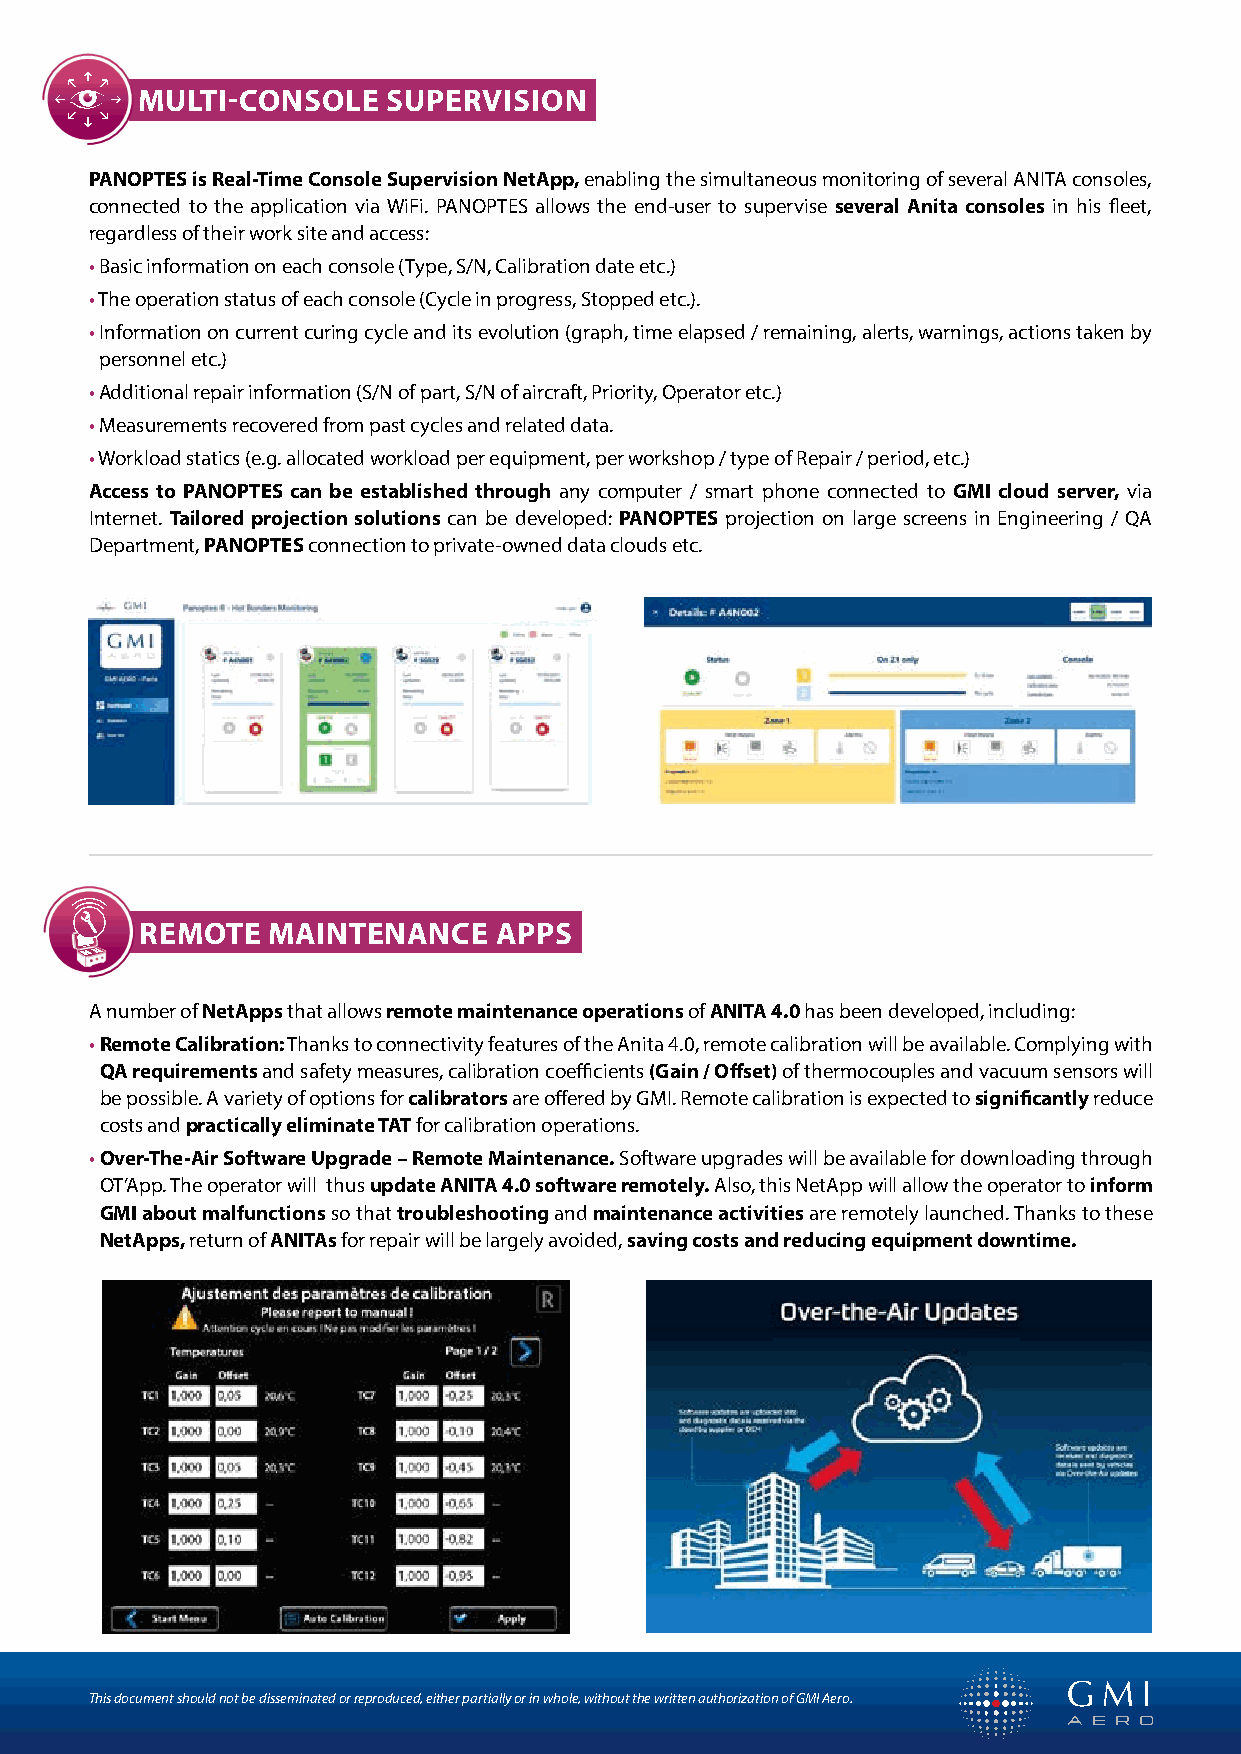
MULTI-CONSOLE    SUPERVISION
 PANOPTES is Real-Time Console Supervision NetApp, enabling the simultaneous monitoring of several ANITA consoles,
 connected to the application via WiFi. PANOPTES allows the end-user to supervise several Anita consoles in his fleet,
 regardless of their work site and access:
 • Basic information on each console (Type, S/N, Calibration date etc.)
 • The operation status of each console (Cycle in progress, Stopped etc.).
 • Information on current curing cycle and its evolution (graph, time elapsed / remaining, alerts, warnings, actions taken by
 personnel etc.)
 • Additional repair information (S/N of part, S/N of aircraft, Priority, Operator etc.)
 • Measurements recovered from past cycles and related data.
 • Workload statics (e.g. allocated workload per equipment, per workshop / type of Repair / period, etc.)
 Access to PANOPTES can be established through any computer / smart phone connected to GMI cloud server, via
 Internet. Tailored projection solutions can be developed: PANOPTES projection on large screens in Engineering / QA
 Department, PANOPTES connection to private-owned data clouds etc.
 REMOTE   MAINTENANCE    APPS
 A number of NetApps that allows remote maintenance operations of ANITA 4.0 has been developed, including:
 • Remote Calibration: Thanks to connectivity features of the Anita 4.0, remote calibration will be available. Complying with
 QA requirements and safety measures, calibration coefficients (Gain / Offset) of thermocouples and vacuum sensors will
 be possible. A variety of options for calibrators are offered by GMI. Remote calibration is expected to significantly reduce
 costs and practically eliminate TAT for calibration operations.
 • Over-The-Air Software Upgrade – Remote Maintenance. Software upgrades will be available for downloading through
 OT’App. The operator will thus update ANITA 4.0 software remotely. Also, this NetApp will allow the operator to inform
 GMI about malfunctions so that troubleshooting and maintenance activities are remotely launched. Thanks to these
 NetApps, return of ANITAs for repair will be largely avoided, saving costs and reducing equipment downtime.
 This document should not be disseminated or reproduced, either partially or in whole, without the written authorization of GMI Aero.